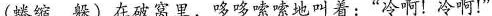
(蜷缩 躲)在破窝里，哆哆嗦嗦地叫着：“冷啊！冷啊！”